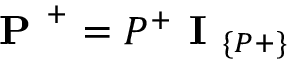
\textbf { P } ^ { + } = P ^ { + } \textbf { I } _ { \{ P + \} }